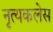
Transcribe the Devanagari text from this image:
नृत्यकलेस